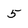
Character: 5